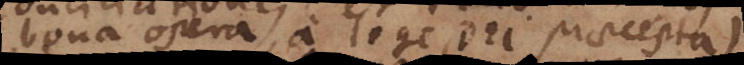
bona opera a lege Dei praecepta)